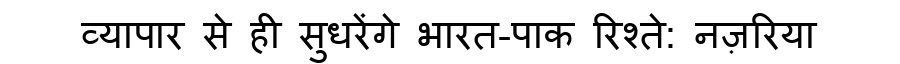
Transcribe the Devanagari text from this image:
व्यापार से ही सुधरेंगे भारत-पाक रिश्ते: नज़रिया